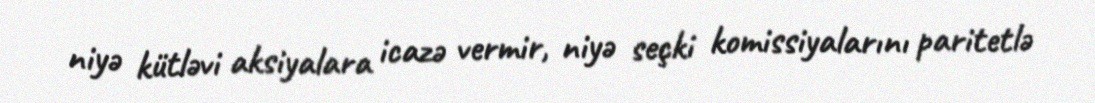
niyə kütləvi aksiyalara icazə vermir, niyə seçki komissiyalarını paritetlə